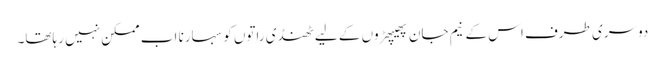
دوسری طرف اس کے نیم جان پھیپھڑوں کے لیے ٹھنڈی راتوں کو سہارنا اب ممکن نہیں رہاتھا۔